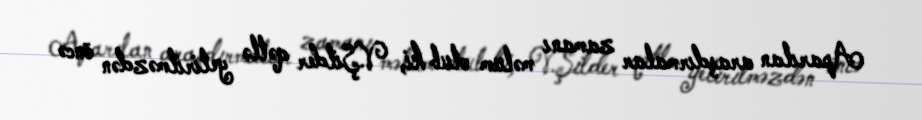
Aparılan araşdırmalar zamanı məlum olub ki, V.Şilder qətlə yetirilməzdən öncə